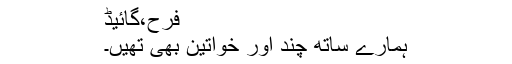
فرح،گائیڈ
ہمارے ساتھ چند اور خواتین بھی تھیں۔